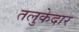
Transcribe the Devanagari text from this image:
तलुकेदार